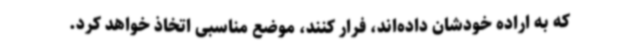
که به اراده خودشان داده‌اند، فرار کنند، موضع مناسبی اتخاذ خواهد کرد.